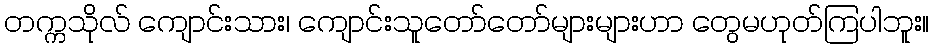
တက္ကသိုလ် ကျောင်းသား၊ ကျောင်းသူတော်တော်များများဟာ တွေမဟုတ်ကြပါဘူး။